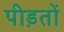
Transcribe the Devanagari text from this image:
पीड़तों